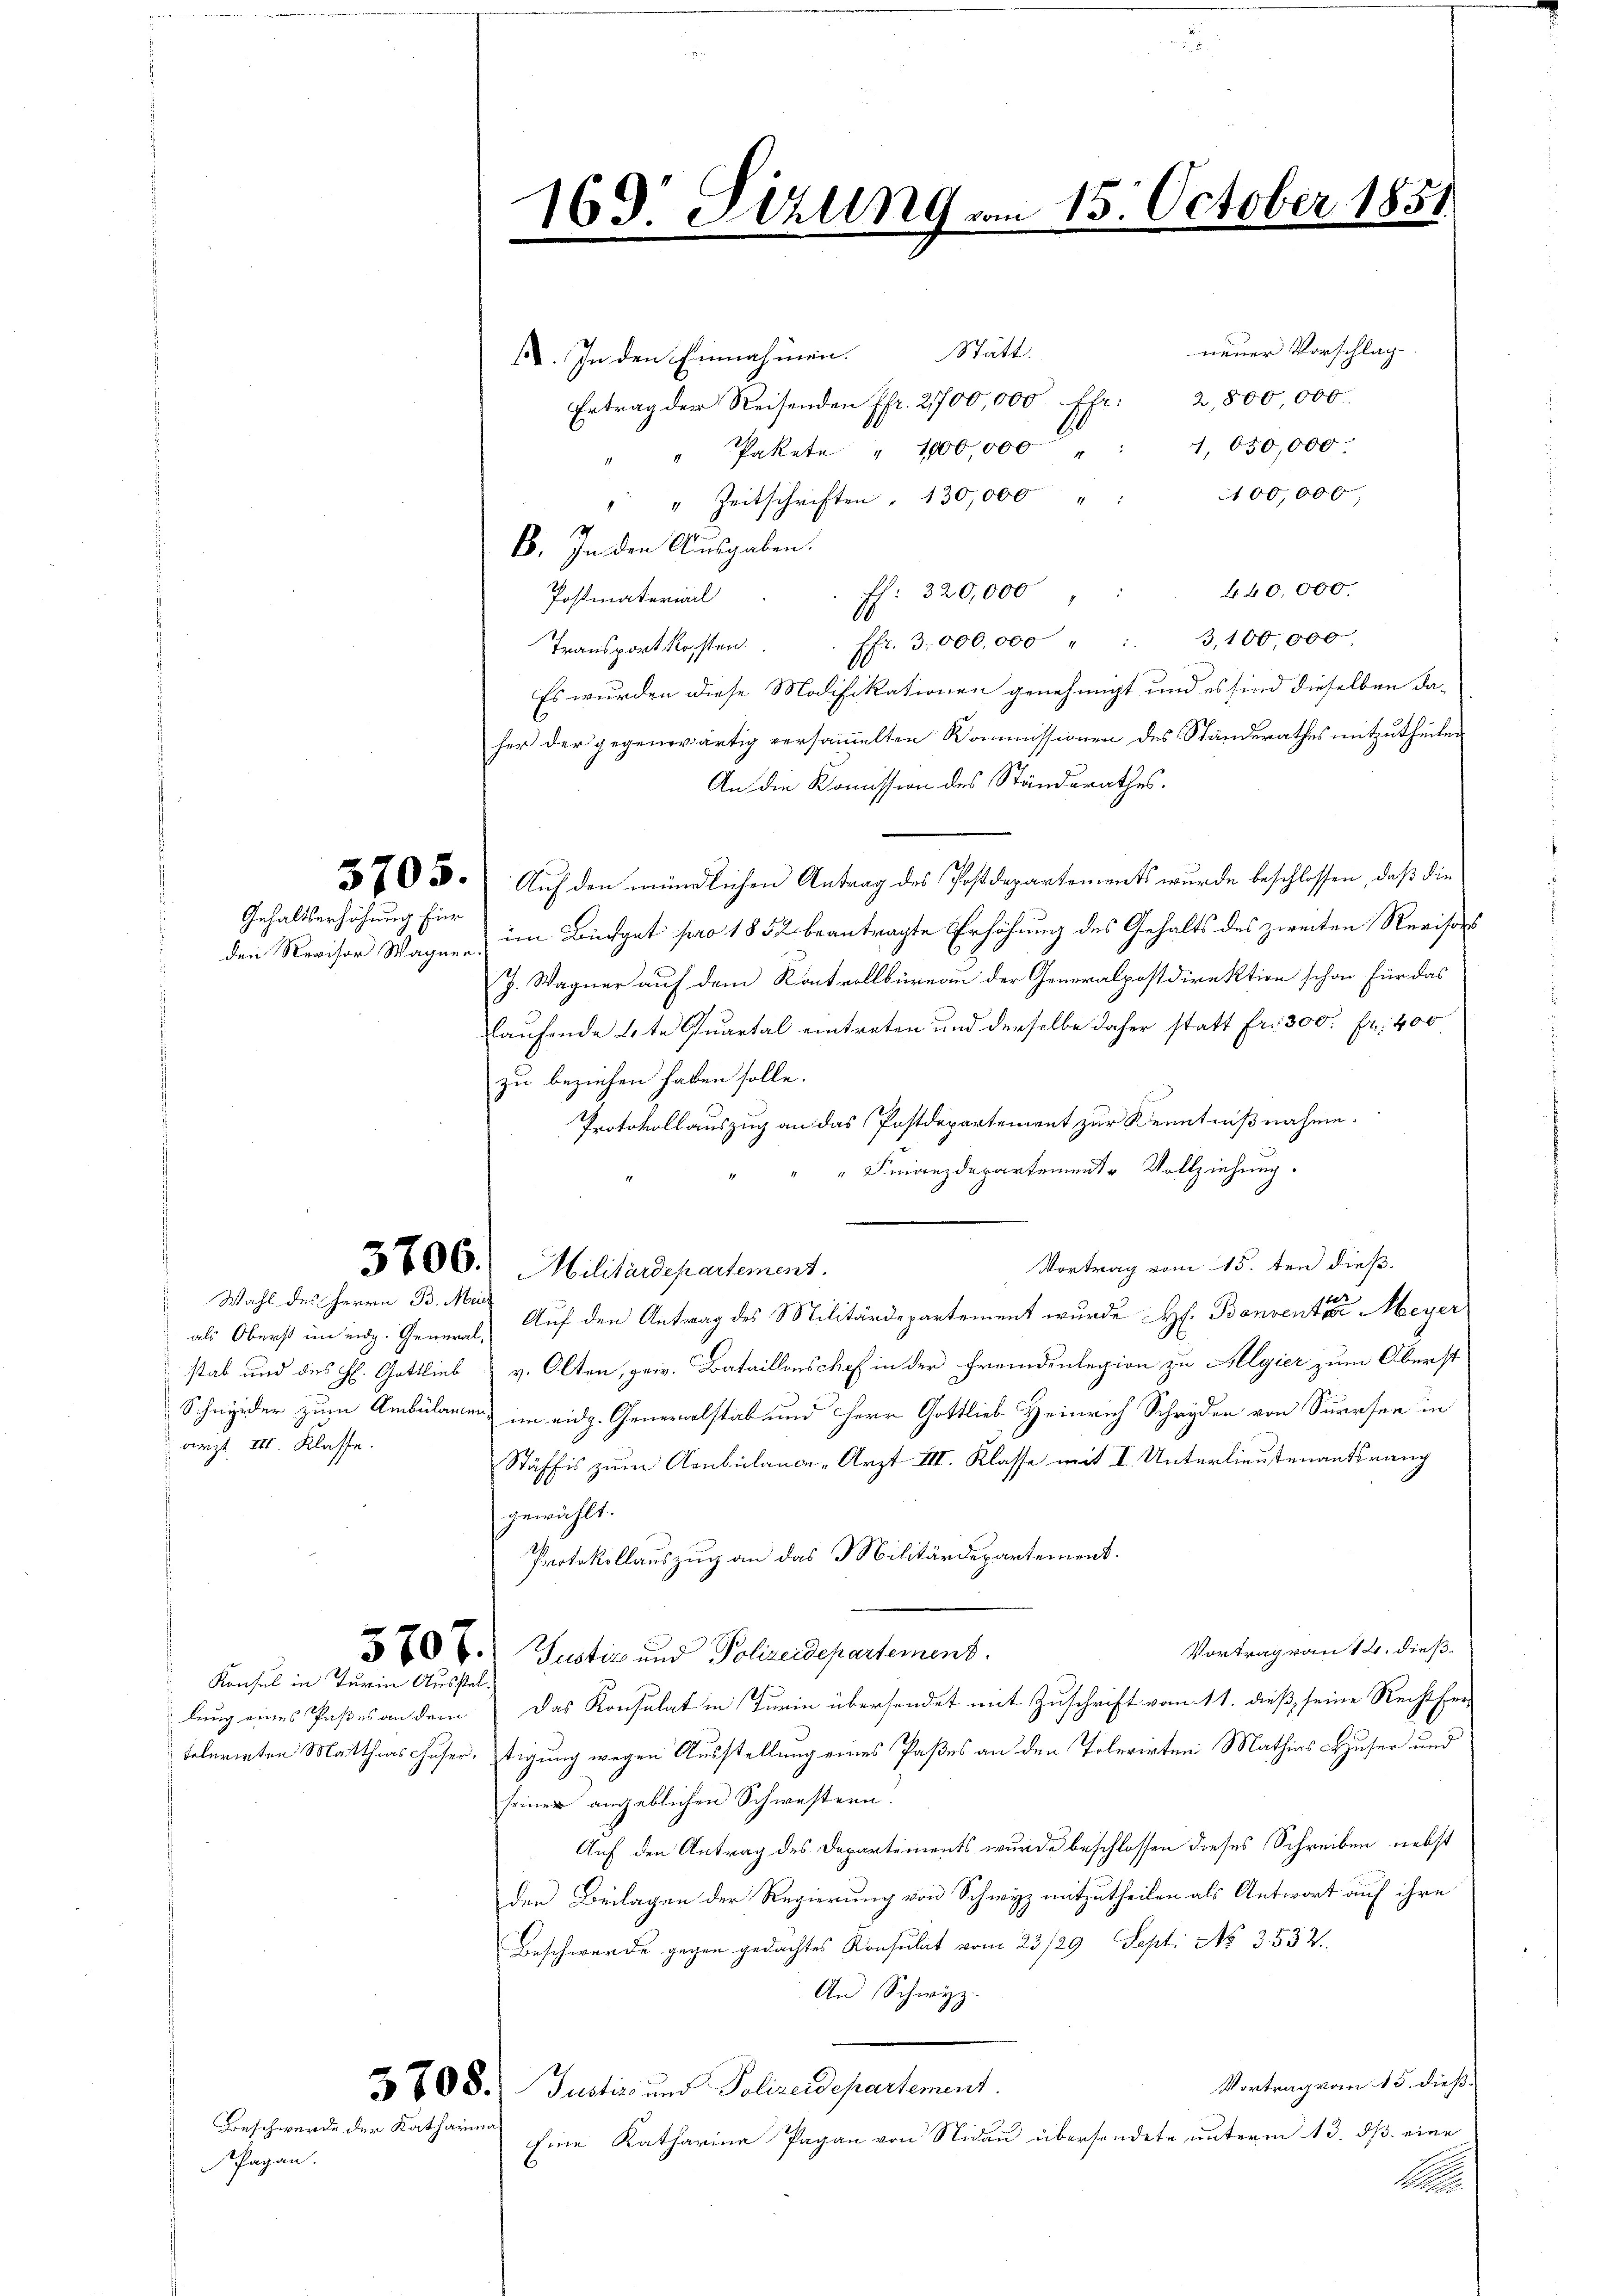
s

Gehaltserhöhung für

Wahl des Herrn B. Mein
arzt III. Klasse.

Pagan.

neuer Vorschlag.
A. In den Einnahmen. Stätt
Ertrag der Reisenden Pfr. 2700,000 ff. 2,800 000
1,050,000.
" Pakete " 1100,000
400,000
" " Zeitschriften. 130,000 "
B. In den Ausgaben.
440.000.
f: 320,000
Postmaterial
Transportkosten. . . fr. 3000,000 " " 3,100,000.
Es wurden diese Modifikationen genehmigt, und es sind dieselben daher der gegenwärtig versammelten Kommissionen des Standerathes mitzutheilen
An die Kommission des Ständerathes.
3705. Aŭf den mündlichen Antrag des Postdepartements wurde beschlossen, daβ die
den Revisor Wagne & im Büdget pro 1852 beantragte Erhöhung des Gehalts des zweiten Revisors
J. Wagner auf dem Kontrollbüreau der Generalpostdirektion schon für das
Laufende 4te Quartal eintreten und derselbe daher statt Fr. 300. Fr. 400
zu beziehen haben solle.
Protokollauszug an das Postdepartement zur Kenntnißnahme.
" Finanzdepartement Vollziehung.
Vortrag vom 15. den dieß
als Oberst im eidg. General- Auf den Antrag des Militärdepartement wurde H. Bonventar Meyer
stab und des H. Gottlieb v. Olten, priv. Bataillonschef in der Fremdenlegion zu Algier zum Oberst
Schneider zum Ambülamen im eidg. Generalstab und Herr Gottlieb Heinrich Schnyder von Surrsen in
Stäffis zum Ambülance-Arzt III. Klasse mit I. Unterlieutenantsrang
gewählt.
Protokollauszug an das Militärdepartement.
Vortrag von 14. dieß.
70 l. Justiz und Polizeidepartement.
lung eines Paßes an dem Das Konsulat in Turin übersendet mit Zuschrift vom 11. dieß seine Recht her-
telerirten Matthias Husertigung wegen Ausstellung eines Paßes an den Toterirten Mathias Hauser und
seiner angeblichen Schwestern.
Auf den Antrag des Departements wurde beschlossen dieses Schreiben nebst
den Beilagen der Regierung von Schwyz mitzutheilen als Antwort auf ihre
Beschwerde gegen gedachtes Konsulat vom 23/29. Sept. No 3537.
An Schwyz.
Vortrag vom 15. dieß.
3708. Justiz und Polizeidepartement
Eine Katharina Pagan von Nidau übersendete unterm 13. dß eine
t

Konsul in Turin Ausstel¬

Beschwerde der Katharin

3700. Militärdepartement.

169. Sitzung vom 15. October 185
.
m